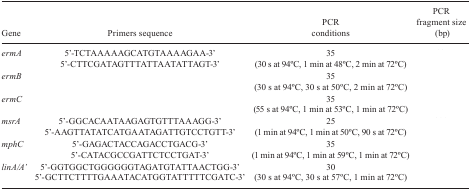
<table><thead><tr><td><b>Gene</b></td><td><b>Primers sequence</b></td><td><b>PCR conditions</b></td><td><b>PCR fragment size(bp)</b></td></tr></thead><tbody><tr><td><i>ermA</i></td><td>5’-TCTAAAAAGCATGTAAAAGAA-3’5’-CTTCGATAGTTTATTAATATTAGT-3’</td><td>35 (30 s at 94oC, 1 min at 48oC,2 min at 72oC)</td><td>[EMPTY_CELL]</td></tr><tr><td><i>ermB</i></td><td>[EMPTY_CELL]</td><td>35 (30 s at 94oC, 30 s at 50oC, 2min at 72oC)</td><td>[EMPTY_CELL]</td></tr><tr><td><i>ermC</i></td><td>[EMPTY_CELL]</td><td>35 (55 s at 94oC, 1 min at 53oC,1 min at 72oC)</td><td>[EMPTY_CELL]</td></tr><tr><td><i>msrA</i></td><td>5’-GGCACAATAAGAGTGTTTAAAGG-3’5’-AAGTTATATCATGAATAGATTGTCCTGTT-3’</td><td>25 (1 min at 94oC, 1 min at 50oC,90 s at 72oC)</td><td>[EMPTY_CELL]</td></tr><tr><td><i>mphC</i></td><td>5’-GAGACTACCAGACCTGACG-3’5’-CATACGCCGATTCTCCTGAT-3’</td><td>35 (1 min at 94oC, 1 min at 59oC,1 min at 72oC)</td><td>[EMPTY_CELL]</td></tr><tr><td><i>linA/A’</i></td><td>5’-GGTGGCTGGGGGGTAGATGTATTAACTGG-3’5’-GCTTCTTTTGAAATACATGGTATTTTTCGATC-3’</td><td>30 (30 s at 94oC, 30 s at 57oC, 1min at 72oC)</td><td>[EMPTY_CELL]</td></tr></tbody></table>